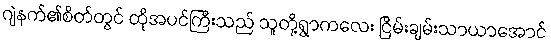
ဂျဲနက်၏စိတ်တွင် ထိုအပင်ကြီးသည် သူတို့ရွာကလေး ငြိမ်းချမ်းသာယာအောင်